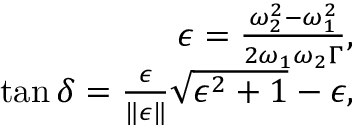
\begin{array} { r } { \epsilon = \frac { \omega _ { 2 } ^ { 2 } - \omega _ { 1 } ^ { 2 } } { 2 \omega _ { 1 } \omega _ { 2 } \Gamma } , } \\ { \tan \delta = \frac { \epsilon } { \| \epsilon \| } \sqrt { \epsilon ^ { 2 } + 1 } - \epsilon , } \end{array}